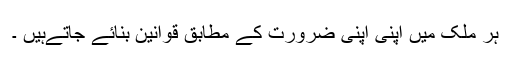
ہر ملک میں اپنى اپنى ضرورت کے مطابق قوانین بنائے جاتےہیں ۔